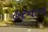
હરનાન